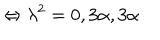
LaTeX: \Leftrightarrow \lambda ^ { 2 } = 0 , 3 \alpha , 3 \alpha